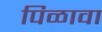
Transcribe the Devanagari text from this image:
पिळावा